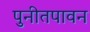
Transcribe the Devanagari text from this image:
पुनीतपावन